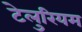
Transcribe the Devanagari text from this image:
टेलुरियम